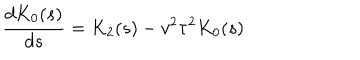
LaTeX: \frac { d K _ { 0 } ( s ) } { d s } = K _ { 2 } ( s ) - v ^ { 2 } \tau ^ { 2 } K _ { 0 } ( s )